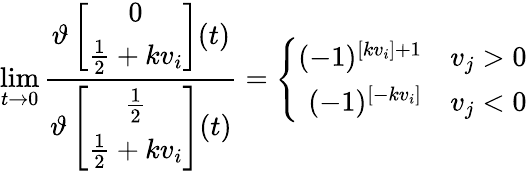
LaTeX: \operatorname*{lim}_{t\rightarrow 0}\frac{\vartheta\left[\begin{array}{c}{{0}}\\ {{\frac{1}{2}+kv_{i}}}\end{array}\right](t)}{\vartheta\left[\begin{array}{c}{{\frac{1}{2}}}\\ {{\frac{1}{2}+kv_{i}}}\end{array}\right](t)}=\left\{ \begin{array}{rl}{{(-1)^{[kv_{i}]+1}}}&{{v_{j}>0}}\\ {{(-1)^{[-kv_{i}]}}}&{{v_{j}<0}}\end{array}\right.